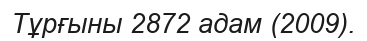
Тұрғыны 2872 адам (2009).